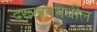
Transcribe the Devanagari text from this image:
दख्खनमधील